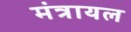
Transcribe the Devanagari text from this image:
मंत्रायल